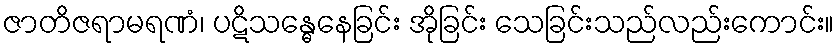
ဇာတိဇရာမရဏံ၊ ပဋိသန္ဓေနေခြင်း အိုခြင်း သေခြင်းသည်လည်းကောင်း။